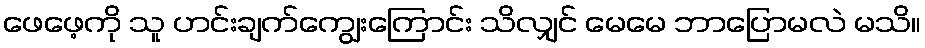
ဖေဖေ့ကို သူ ဟင်းချက်ကျွေးကြောင်း သိလျှင် မေမေ ဘာပြောမလဲ မသိ။